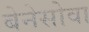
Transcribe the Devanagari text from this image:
बेनेसोवा